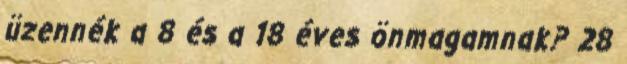
üzennék a 8 és a 18 éves önmagamnak? 28